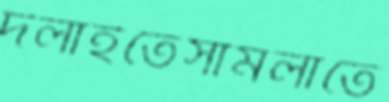
দলাইতেসামলাতে